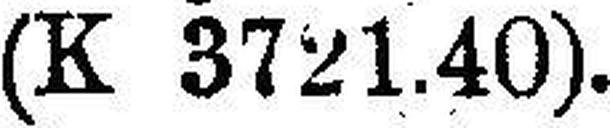
(K 3721.40).